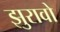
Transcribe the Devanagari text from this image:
झुरावो